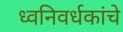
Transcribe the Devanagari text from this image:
ध्वनिवर्धकांचे